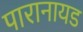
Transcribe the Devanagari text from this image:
पारानायड